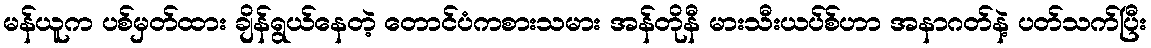
မန်ယူက ပစ်မှတ်ထား ချိန်ရွယ်နေတဲ့ တောင်ပံကစားသမား အန်တိုနီ မားသီးယပ်စ်ဟာ အနာဂတ်နဲ့ ပတ်သက်ပြီး